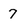
Character: 7